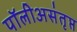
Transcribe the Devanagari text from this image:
पॉलीअसंतृप्त